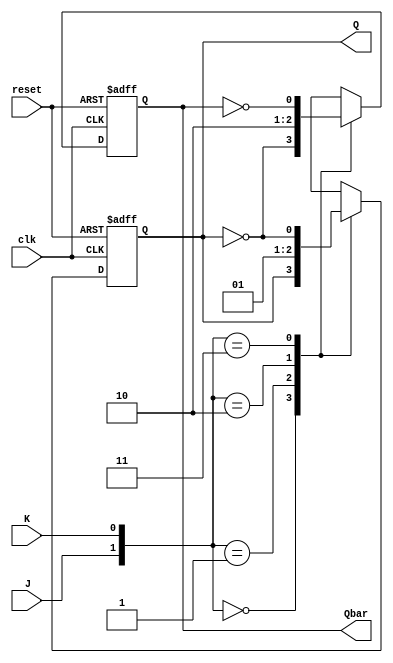
module jk_flip_flop (
    input wire clk,
    input wire reset,
    input wire J,
    input wire K,
    output reg Q,
    output reg Qbar
);

always @(posedge clk or posedge reset) begin
    if (reset) begin
        Q <= 1'b0;  // reset Q to 0
        Qbar <= 1'b1;  // set Qbar to 1
    end else begin
        case ({J, K})  // concatenating J and K inputs
            2'b00: begin // hold state
                Q <= Q;
                Qbar <= ~Q;
            end
            2'b01: begin  // reset state
                Q <= 1'b0;
                Qbar <= 1'b1;
            end
            2'b10: begin  // set state
                Q <= 1'b1;
                Qbar <= 1'b0;
            end
            2'b11: begin  // toggle state
                Q <= ~Q;
                Qbar <= ~Qbar;
            end
            default: begin  // hold state as default
                Q <= Q;
                Qbar <= ~Q;
            end
        endcase
    end
end

endmodule